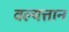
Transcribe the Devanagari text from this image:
वल्यत्तान